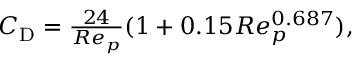
\begin{array} { r } { C _ { \mathrm { D } } = \frac { 2 4 } { R e _ { p } } ( 1 + 0 { . } 1 5 R e _ { p } ^ { 0 { . } 6 8 7 } ) , } \end{array}